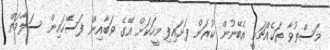
މަސްތުވާ ތަކެއްޗަކީ އެބޭނުން ކުރަން ފަށައިފި މީހަކަށް އޭގެ ވަބާއިން ފަސޭހައިން ސަލާމަތް